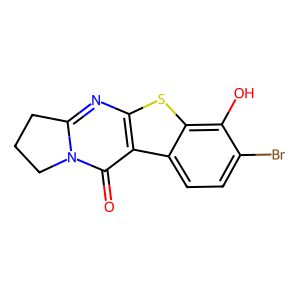
SMILES: O=c1c2c(nc3n1CCC3)sc1c(O)c(Br)ccc12
Inhibits HIV replication: No